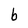
Character: b